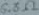
Text: 6.8Ω